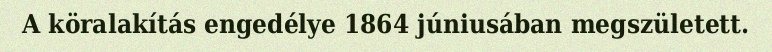
A köralakítás engedélye 1864 júniusában megszületett.